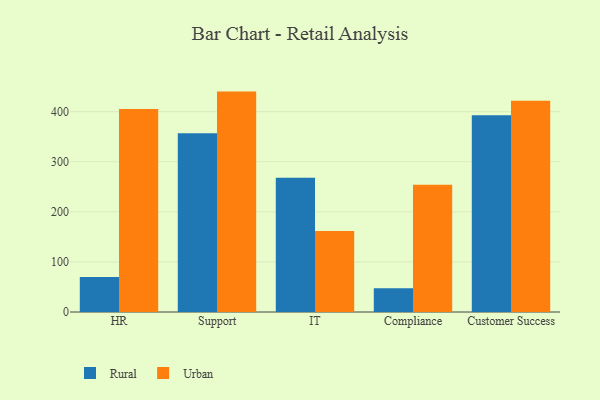
{"axis": {"x": "Department", "y": "Active Users"}, "legend": ["Rural", "Urban"], "data": [{"x": "HR", "y": 69.7, "type": "Rural"}, {"x": "HR", "y": 405.4, "type": "Urban"}, {"x": "Support", "y": 356.7, "type": "Rural"}, {"x": "Support", "y": 440.1, "type": "Urban"}, {"x": "IT", "y": 268.2, "type": "Rural"}, {"x": "IT", "y": 161.9, "type": "Urban"}, {"x": "Compliance", "y": 47.4, "type": "Rural"}, {"x": "Compliance", "y": 253.9, "type": "Urban"}, {"x": "Customer Success", "y": 392.7, "type": "Rural"}, {"x": "Customer Success", "y": 421.6, "type": "Urban"}]}